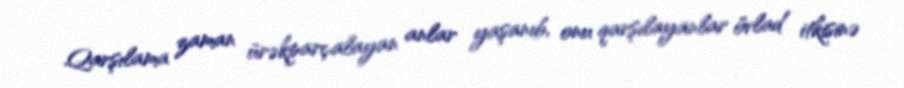
Qarşılama zaman ürəkparçalayan anlar yaşanıb, onu qarşılayanlar övlad itkisinə